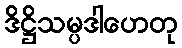
ဒိဋ္ဌိသမ္ပဒါဟေတု